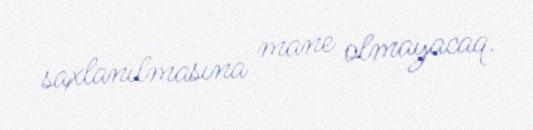
saxlanılmasına mane olmayacaq.